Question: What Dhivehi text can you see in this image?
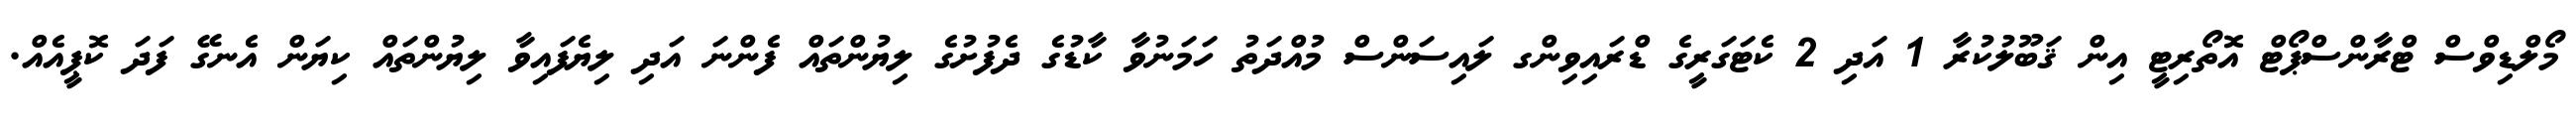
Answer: މޯލްޑިވްސް ޓްރާންސްޕޯޓް އޮތޯރިޓީ އިން ޤަބޫލުކުރާ 1 އަދި 2 ކެޓަގަރީގެ ޑްރައިވިންގ ލައިސަންސް މުއްދަތު ހަމަނުވާ ކާޑުގެ ދެފުށުގެ ލިޔުންތައް ފެންނަ އަދި ލިޔެފައިވާ ލިޔުންތައް ކިޔަން އެނގޭ ފަދަ ކޮޕީއެއް.